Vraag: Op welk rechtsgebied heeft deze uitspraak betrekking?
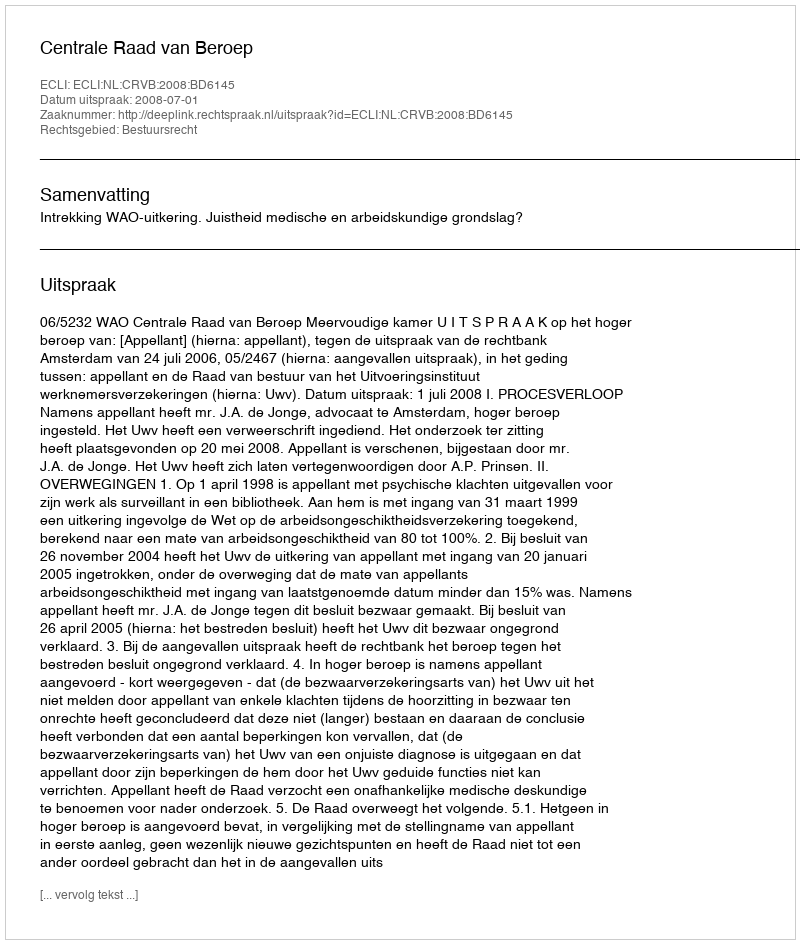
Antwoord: Bestuursrecht